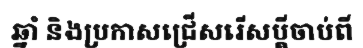
ឆ្នាំ និងប្រកាសជ្រើសរើសប្តីចាប់ពី